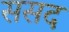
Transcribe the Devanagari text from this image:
ससद